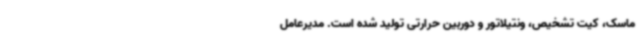
ماسک، کیت تشخیص، ونتیلاتور و دوربین حرارتی تولید شده است. مدیرعامل